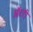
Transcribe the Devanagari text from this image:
ऑटरी